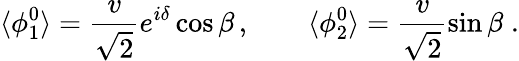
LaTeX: \langle\phi_{1}^{0}\rangle=\frac{v}{\sqrt{2}}e^{i\delta}\cos\beta\, ,\quad\quad\langle\phi_{2}^{0}\rangle=\frac{v}{\sqrt{2}}\sin\beta\; .